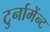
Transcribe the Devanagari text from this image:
टुर्नामेंन्ट